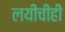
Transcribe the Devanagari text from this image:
लयीचीही